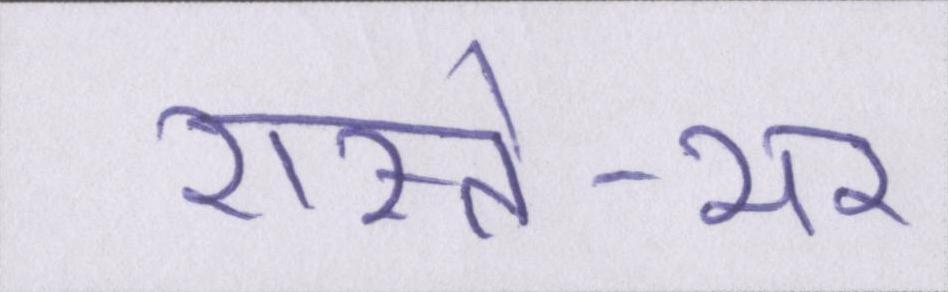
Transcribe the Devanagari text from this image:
रास्ते-भर